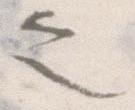
之